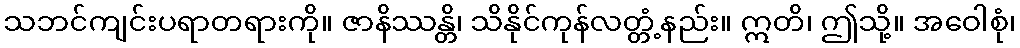
သဘင်ကျင်းပရာတရားကို။ ဇာနိဿန္တိ၊ သိနိုင်ကုန်လတ္တံ့နည်း။ ဣတိ၊ ဤသို့။ အဝေါစုံ၊